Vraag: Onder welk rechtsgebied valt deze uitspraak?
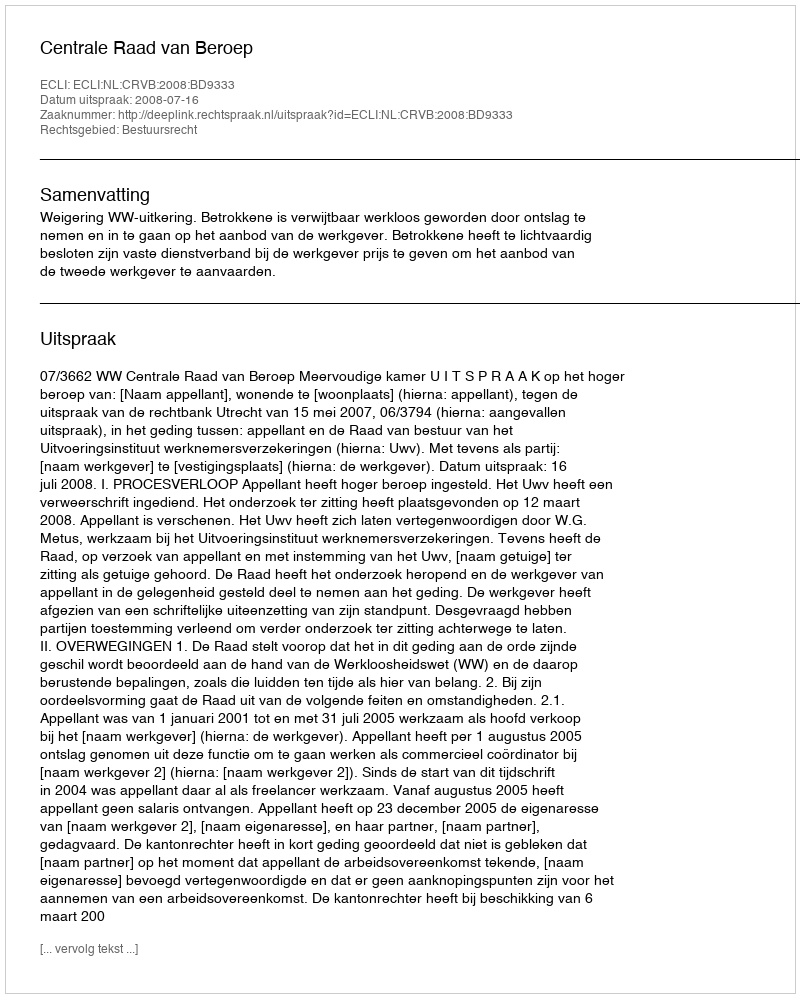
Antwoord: Bestuursrecht